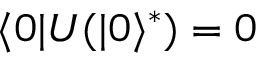
\langle 0 | U ( | 0 \rangle ^ { * } ) = 0